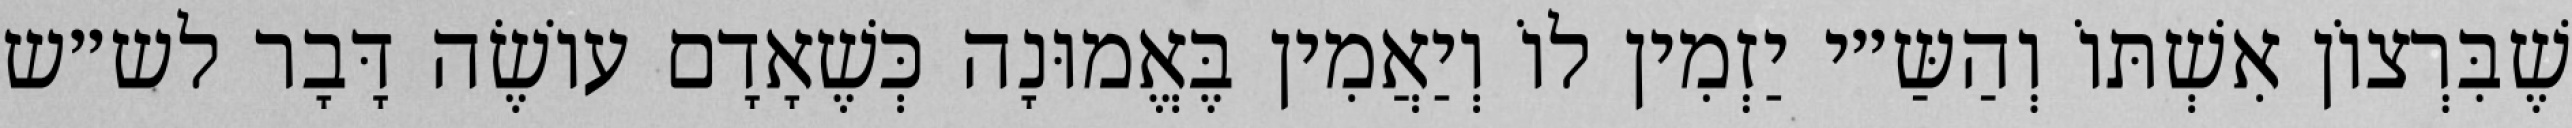
שֶׁבִּרְצוֹן אִשְׁתּוֹ וְהַשַּ״י יַזְמִין לוֹ וְיַאֲמִין בֶּאֱמוּנָה כְּשֶׁאָדָם עוֹשֶׂה דָּבָר לש״ש